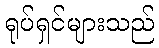
ရုပ်ရှင်များသည်